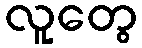
လူတွေ